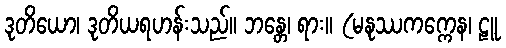
ဒုတိယော၊ ဒုတိယရဟန်းသည်။ ဘန္တေ၊ ရား။ (မနုဿကက္ကေန၊ ဠူ